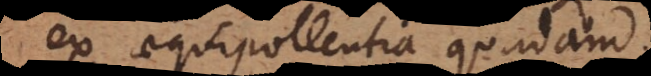
ex aequipollentia quadam.